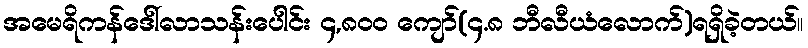
အမေရိကန်ဒေါ်လာသန်းပေါင်း ၄,၈၀၀ ကျော်(၄.၈ ဘီလီယံလောက်)ရရှိခဲ့တယ်။